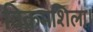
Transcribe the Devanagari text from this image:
विक्रमशिला।